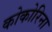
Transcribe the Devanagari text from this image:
कोकोरिना